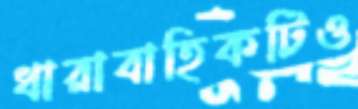
ধারাবাহিকটিও